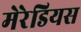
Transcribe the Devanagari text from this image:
मेरेडियस